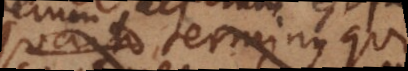
ut terminus qui